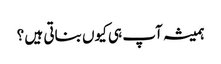
ہمیشہ آپ ہی کیوں بناتی ہیں ؟